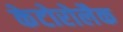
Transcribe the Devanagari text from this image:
केटोरोलैक